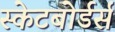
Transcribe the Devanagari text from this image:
स्केटबोर्डर्स